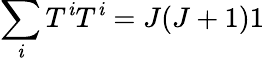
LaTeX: \sum_{\mathit{i}}T^{\mathit{i}}T^{\mathit{i}}=J(J+1)1